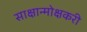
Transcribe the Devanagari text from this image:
साक्षान्मोक्षकरी